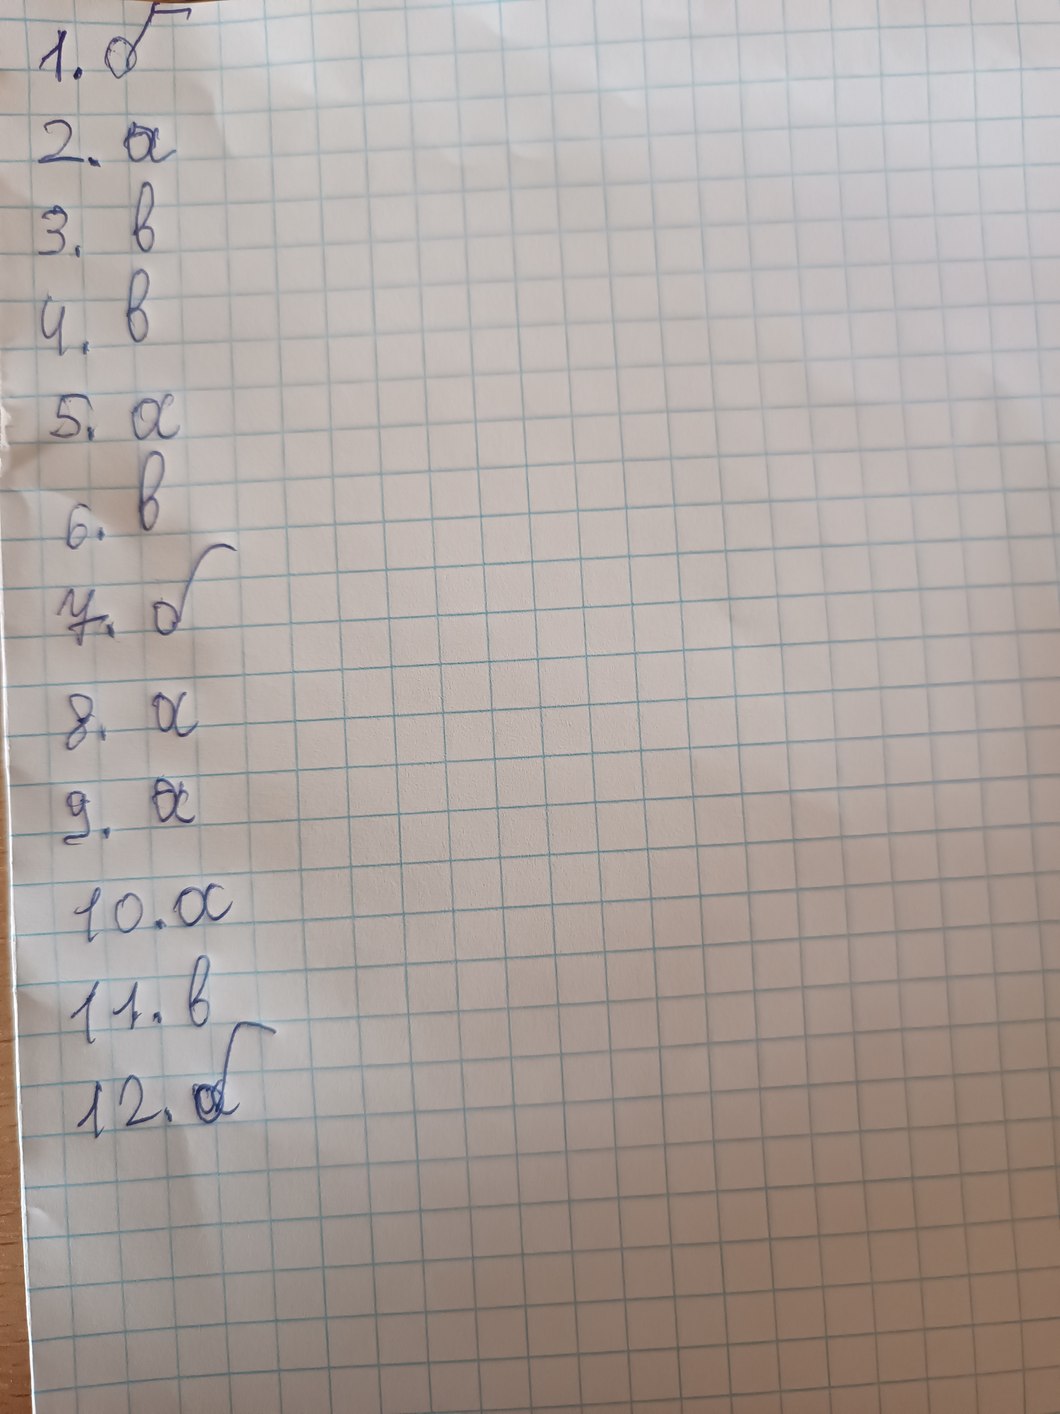
1. б
2. a
3. в
4. в
5. a
6. в
7. б
8. а
9. а
10.а
11. в
12. б